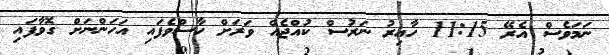
ނަމަވެސް އެރޭ 11:15 ހާއިރު ނަރުސް ކުއްޖެއް ވަރަށް ހާސްވެފައި އަހަންނަށް ގޮވާފައި